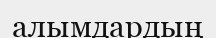
алымдардың